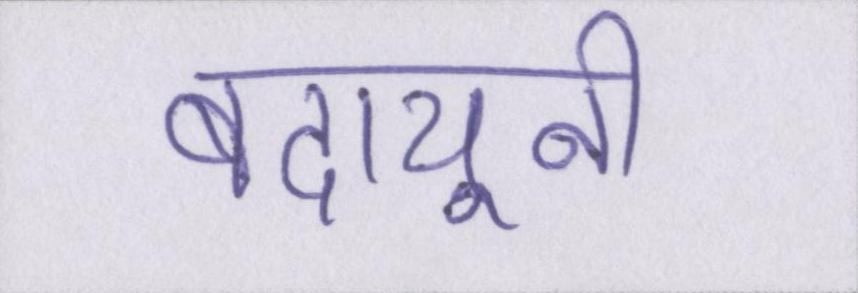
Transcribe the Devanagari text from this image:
बदायूनी